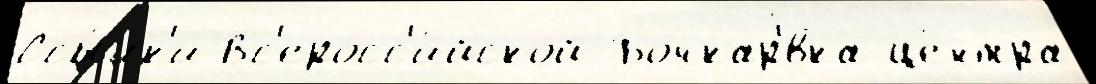
Ссы́лк'и Вс'еросс'и́йской Бочкар'́вка це́нтра